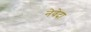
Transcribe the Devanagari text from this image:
नेवेदा